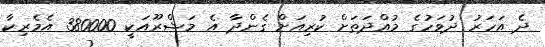
ދެ އަހަރު ދުވަހުގެ މުއްދަތަށް ކުރިއަށް ގެންދާ އެ މަޝްރޫއަކީ 380000 އެމެރިކާ